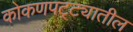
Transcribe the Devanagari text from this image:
कोकणपट्ट्यातील